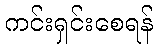
ကင်းရှင်းစေရန်